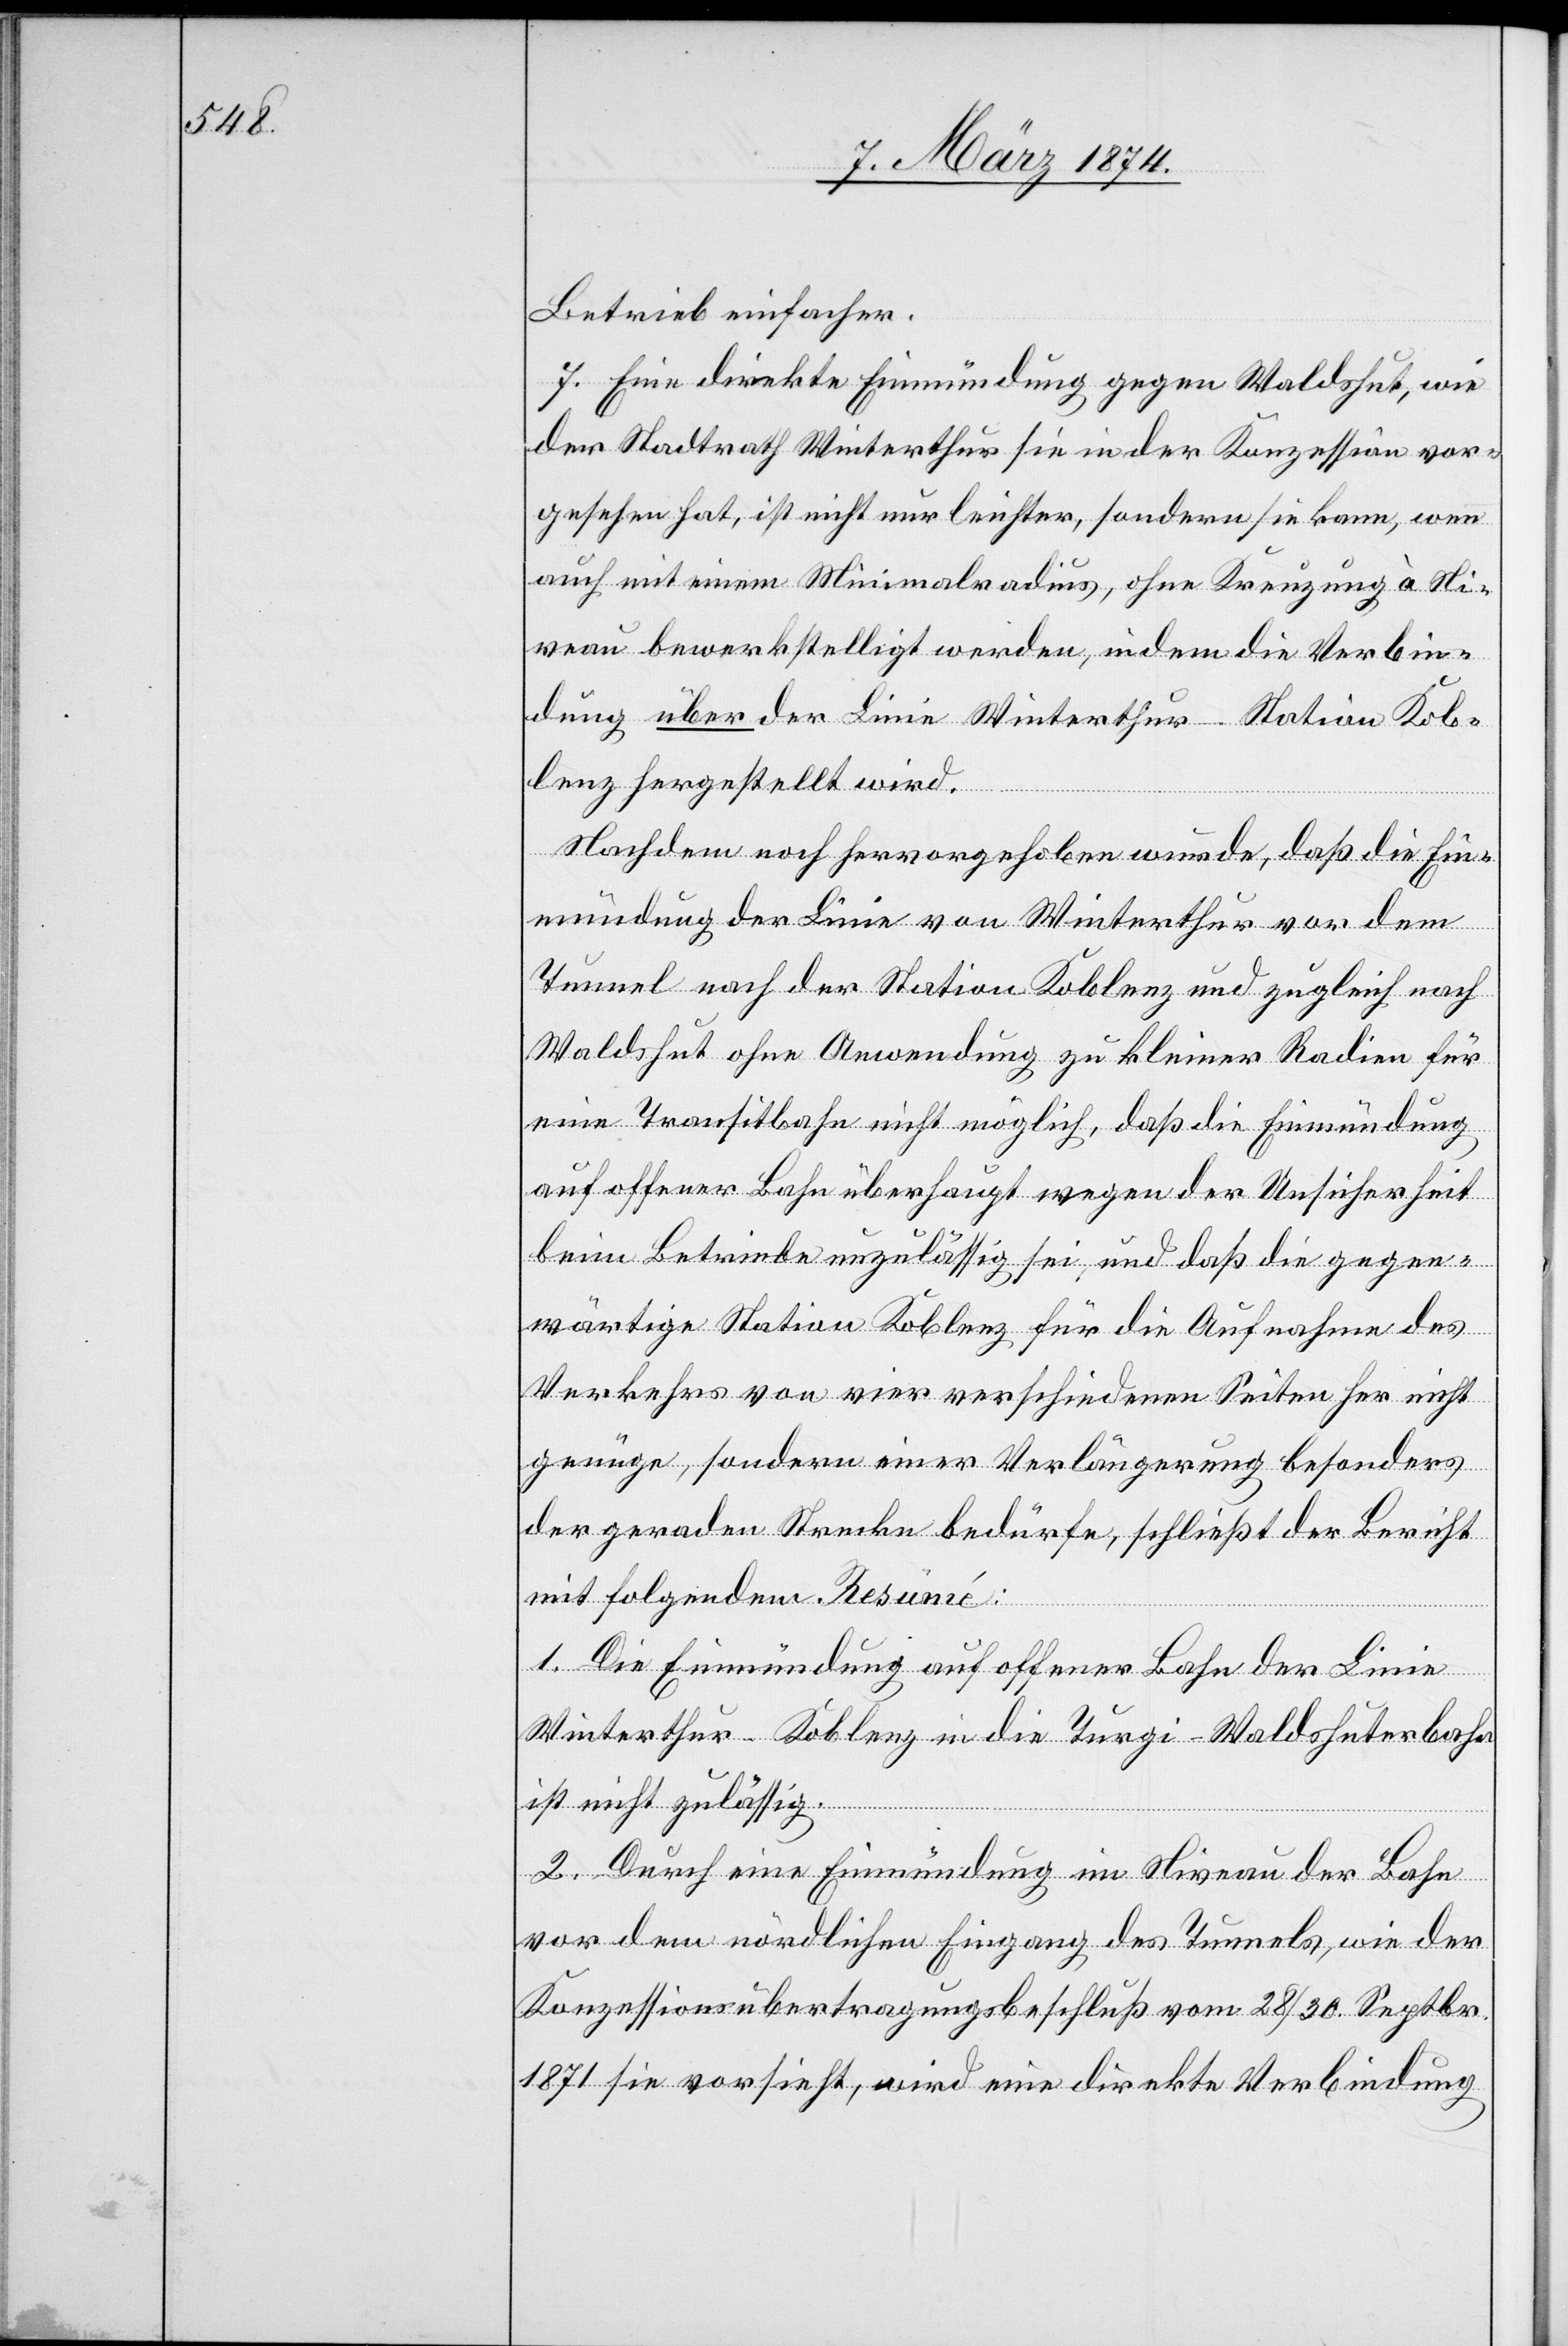
Betrieb einfacher.
7. Eine direkte Einmündung gegen Waldshut, wie
der Stadtrath Winterthur sie in der Konzession vor¬
gesehen hat, ist nicht nur leichter, sondern sie kann, wenn
auch mit einem Minimalradius, ohne Kreuzung à Ni¬
veau bewerkstelligt werden, indem die Verbin¬
dung über der Linie Winterthur-Station Kob¬
lenz hergestellt wird.
Nachdem noch hervorgehoben wurde, daß die Ein¬
mündung der Linie von Winterthur vor dem
Tunnel nach der Station Koblenz und zugleich nach
Waldshut ohne Anwendung zu kleiner Radien für
eine Transitbahn nicht möglich, daß die Einmündung
auf offener Bahn überhaupt wegen der Unsicherheit
beim Betriebe unzulässig sei, und daß die gegen¬
wärtige Station Koblenz für die Aufnahme des
Verkehrs von vier verschiedenen Seiten her nicht
genüge, sondern einer Verlängerung besonders
der geraden Strecke bedürfe, schließt der Bericht
mit folgendem Resumé:
1. Die Einmündung auf offener Bahn der Linie
Winterthur-Koblenz in die Turgi-Waldshuterbahn
ist nicht zulässig.
2. Durch eine Einmündung im Niveau der Bahn
vor dem nördlichen Eingang des Tunnels, wie der
Konzessionsübertragungsbeschluß vom 28./30. Septbr.
1871 sie vorsieht, wird eine direkte Verbindung